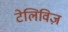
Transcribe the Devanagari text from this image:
टेलिविज़